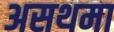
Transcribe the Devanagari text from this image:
असथमा